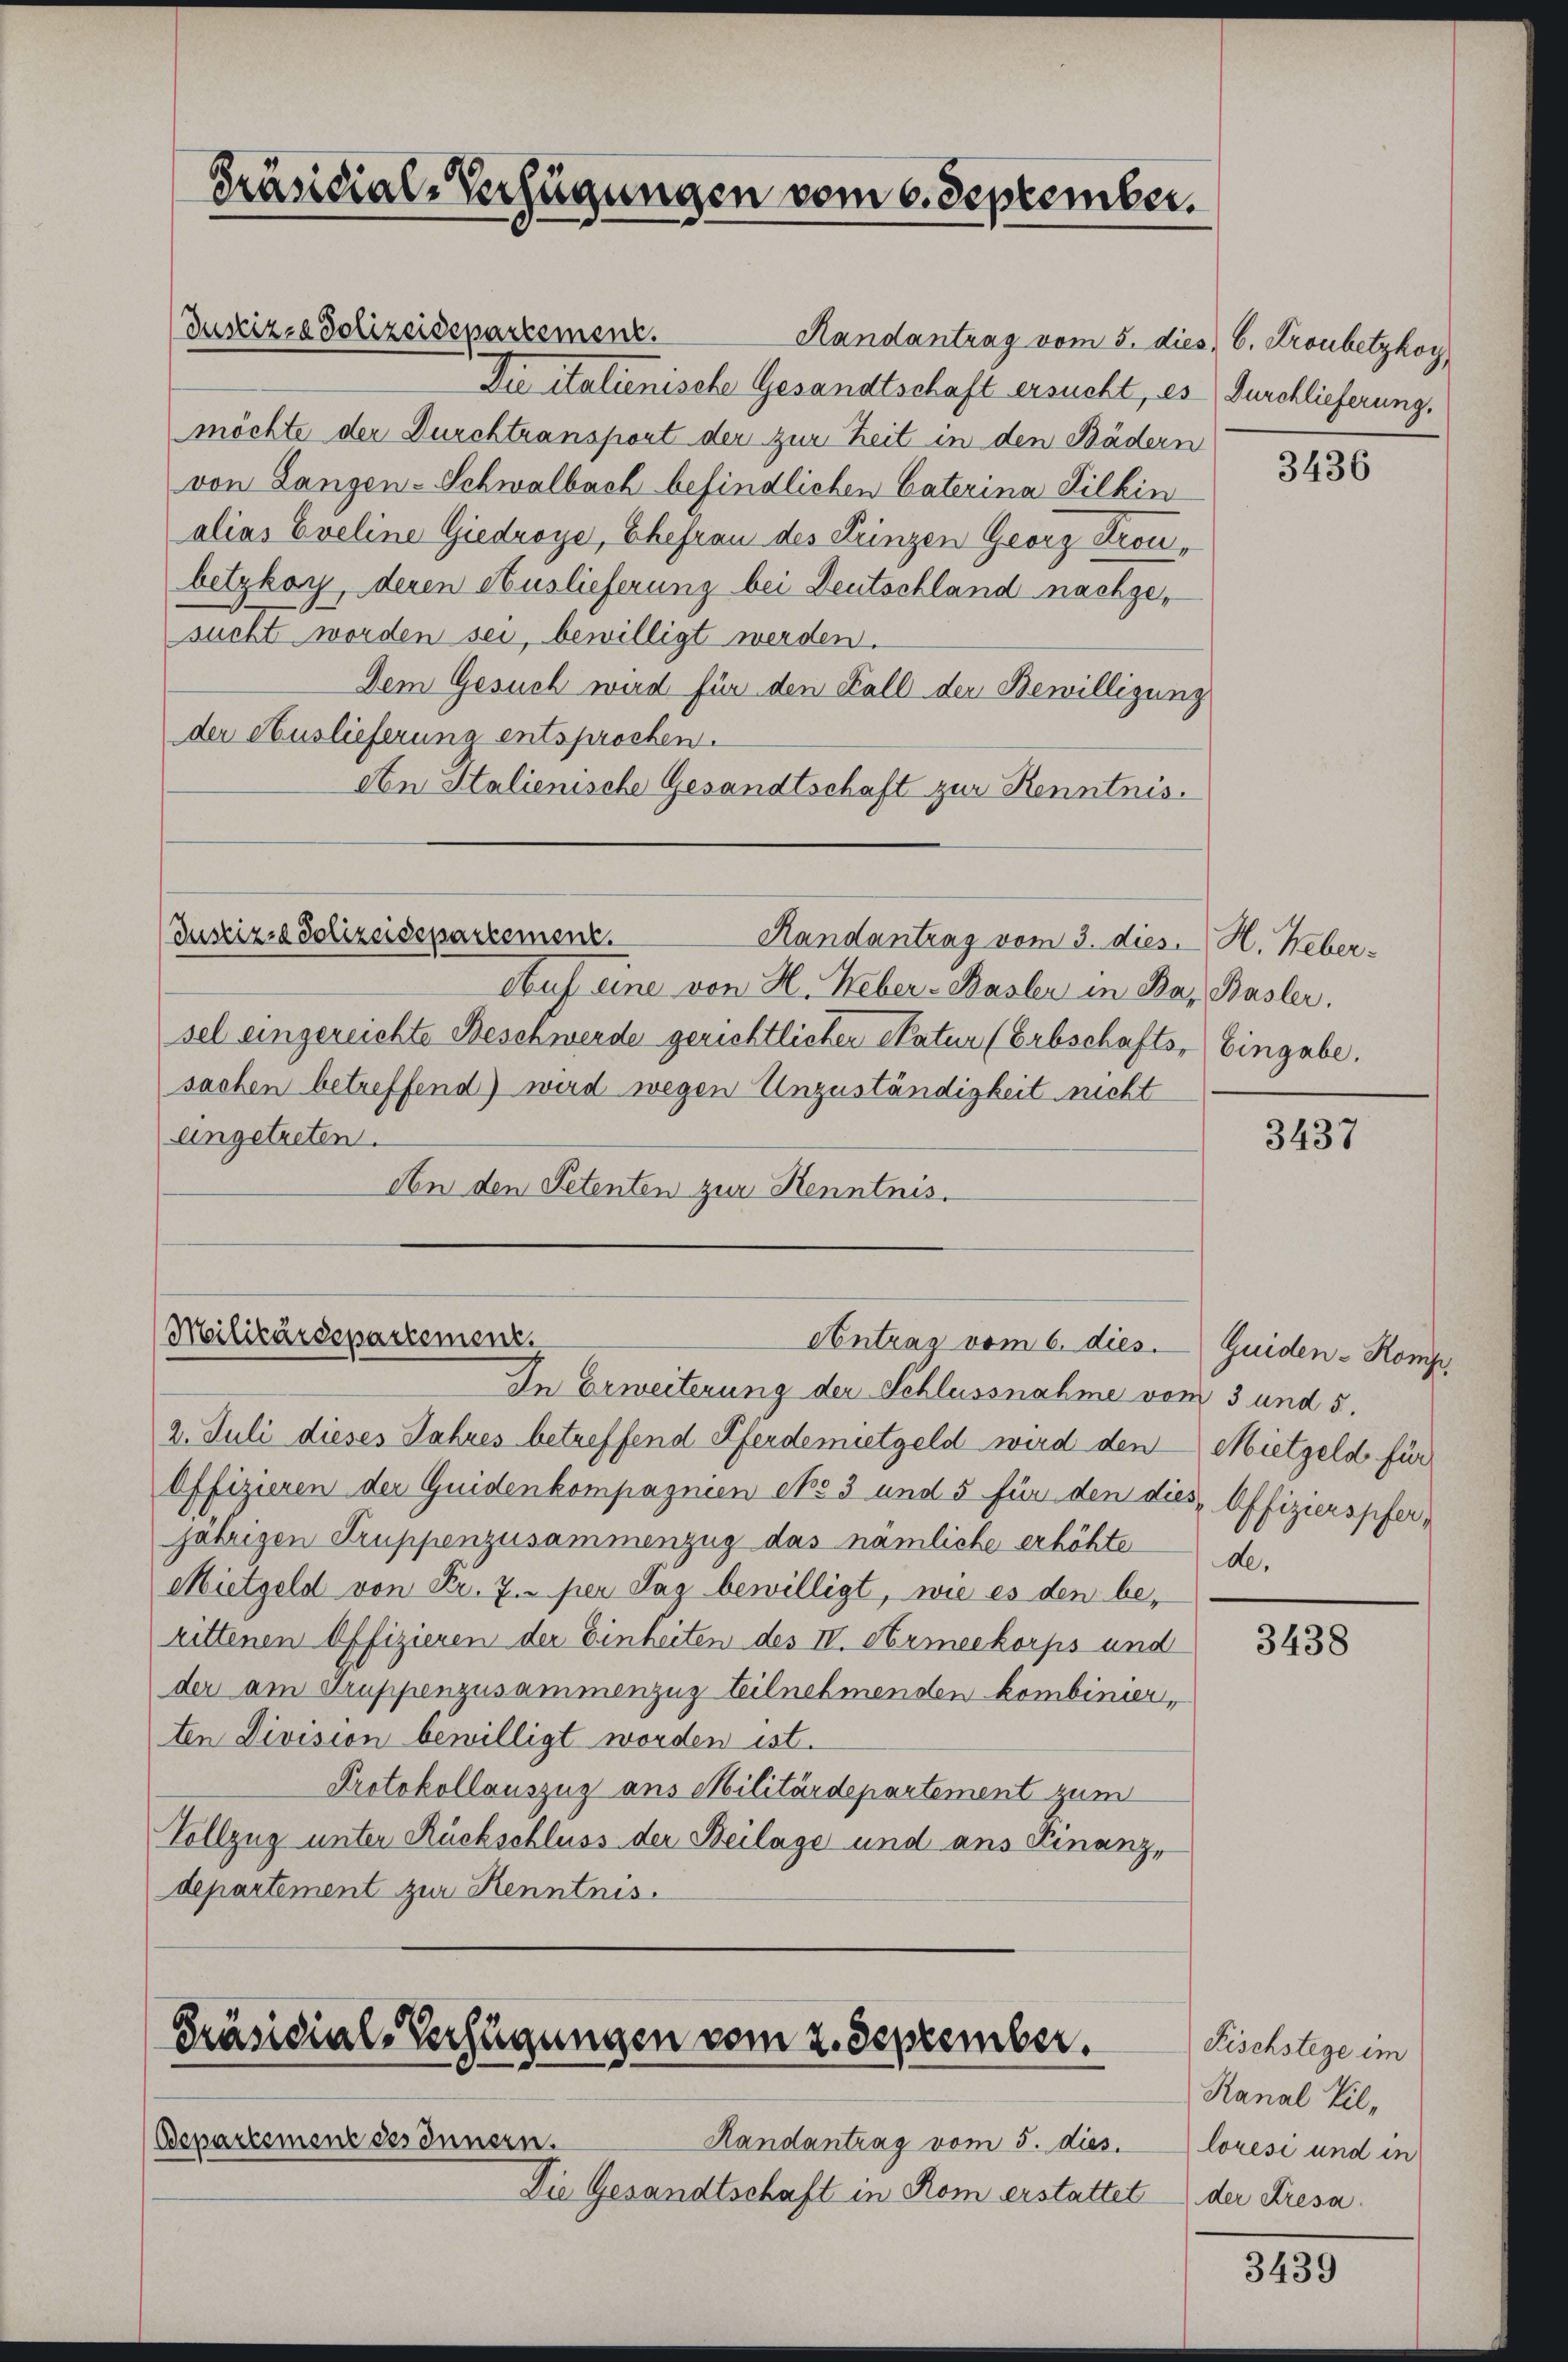
Präsidial-Verfügungen vom 6. September.

Justiz- & Polizeisepartement.

Justiz- & Polizeidepartement.
Randantrag vom 3. dies. H. Weber-

Militärdepartement.
Contrag vom 6. dies. Guiden - Komp
In Erweiterung der Schlussnahme vom 3 und 5.

Auf eine von H. Heber-Basler in Bar Basler.
sel eingereichte Beschwerde gerichtlicher Natur (Erbschafts- Eingabe.
sachen betreffend) wird wegen Unzuständigkeit nicht
angetreten.
An den Petenten zur Kenntnis.

Randantrag vom 5. dies 6. Kronbetzkoy
Die italienische Gesandtschaft ersucht, es
möchte der Durchtransport der zur Zeit in den Bädern
von Lanzen-Schwalbach befindlichen Caterina Filkin
alias Eveline Giedroye, Ehefrau des Prinzen Georz Troubetzkoy, deren Auslieferung bei Deutschland nachgesucht worden sei, bewilligt werden.
Dem Gesuch wird für den Fall der Bewilligung
der Auslieferung entsprochen.
An Stalienische Gesandtschaft zur Kenntnis.

Präsidial-Verfügungen vom 2. September.

Bepartement des Innern.
Randantrag vom 5. dies.
Die Gesandtschaft in Rom erstattet

2. Juli dieses Jahres betreffend Pferdemietgeld wird den Mietgeld für
Offizieren der Guidenkompagnien eto 3 und 5 für den dies Offizierspfer,
jährigen Truppenzusammenzug das nämliche erhöhte
Mietgeld von Fr. 7. per Tag bewilligt, wie es den be-
rittenen Offizieren der Einheiten des IV. Armeekorps und
der am Gruppenzusammenzusteilnehmenden kombinier,
ten Division bewilligt worden ist.
Protokollauszug aus Militärdepartement zum
Vollzug unter Rückschluss der Beilage und ans Finanz,
departement zur Kenntnis.

Durchlieferung,

3436

3437

de.

3438

Fischstege im
Kanal Villorési und in
der Kresa.

3439